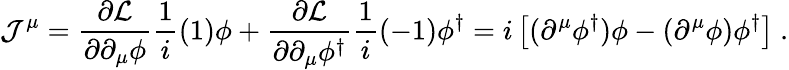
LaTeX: \mathcal{J}^{\mu}=\frac{{\partial{\cal{L}}}}{{\partial\partial_{\mu}\phi}}\frac{{1}}{{i}}(1)\phi+\frac{{\partial{\cal{L}}}}{{\partial\partial_{\mu}\phi^{\dagger}}}\frac{{1}}{{i}}(-1)\phi^{\dagger}=i\left[(\partial^{\mu}\phi^{\dagger})\phi-(\partial^{\mu}\phi)\phi^{\dagger}\right]~.